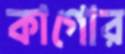
কাগোর